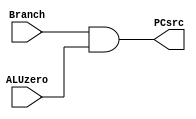
`timescale 1ns / 1ps
module AndGate(Branch ,ALUzero, PCsrc);

    input Branch, ALUzero;
    output reg PCsrc;

    always @(Branch,ALUzero) begin 

    PCsrc <= Branch & ALUzero;

    end
endmodule